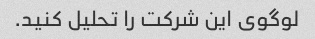
لوگوی این شرکت را تحلیل کنید.